Scientific memoirs by medical officers of the Army of India - Part III,
Year: 1887
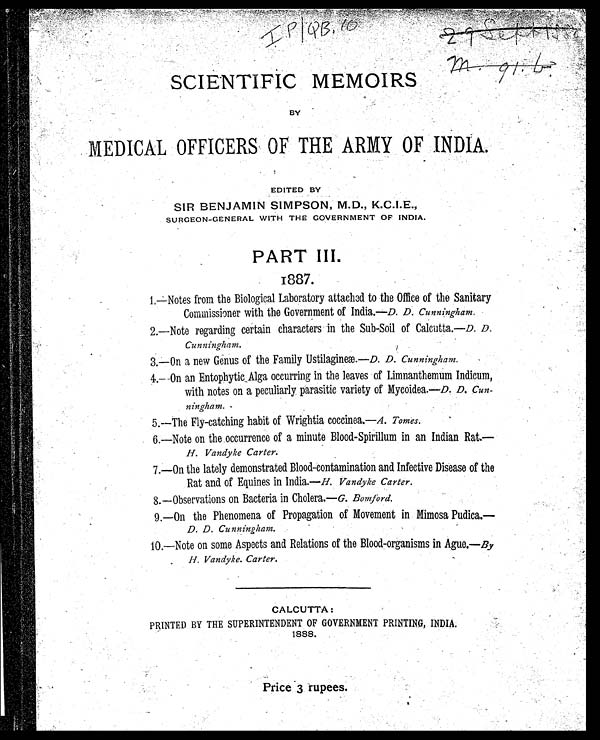
SCIENTIFIC MEMOIRS
BY
MEDICAL OFFICERS OF THE ARMY OF INDIA.
EDITED BY
SIR BENJAMIN SIMPSON, M.D., K.C.I.E.,
SURGEON-GENERAL WITH THE GOVERNMENT OF INDIA.
PART III.
1887.
1,—Notes from the Biological Laboratory attached to the Office of the Sanitary
Commissioner with the Government of India.—D. D. Cunningham.
2.—Note regarding certain characters in the Sub-Soil of Calcutta.—D. D.
Cunningham.
3.—On a new Genus of the Family Ustilagineæ.—D. D. Cunningham.
4 —On an Entophytic Alga occurring in the leaves of Limnanthemum Indicum,
with notes on a peculiarly parasitic variety of Mycoidea.—D. D. Cun-
ningham.
5.—The Fly-catching habit of Wrightia coccinea.— A . Tomes.
6.—Note on the occurrence of a minute Blood-Spirillum in an Indian Rat.—
H. Vandyke Carter.
7.—On the lately demonstrated Blood-contamination and Infective Disease of the
Rat and of Equines in India.— H. Vandyke Carter.
8.—Observations on Bacteria in Cholera.—G. Bomford.
9.—On the Phenomena of Propagation of Movement in Mimosa Pudica.—
D. D. Cunningham.
10.—Note on some Aspects and Relations of the Blood-organisms in Ague.—By
H. Vandyke. Carter.
CALCUTTA:
PRINTED BY THE SUPERINTENDENT OF GOVERNMENT PRINTING, INDIA.
1888.
Price 3 rupees.